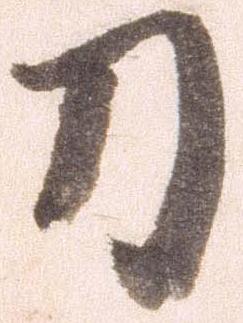
刀